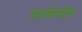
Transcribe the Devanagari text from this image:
मार्कसीय